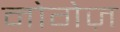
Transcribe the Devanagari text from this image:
नोगेज़